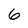
Character: 6